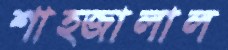
শাহ্জালাল